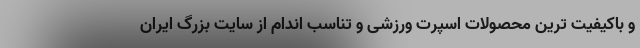
و باکیفیت ترین محصولات اسپرت ورزشی و تناسب اندام از سایت بزرگ ایران